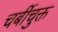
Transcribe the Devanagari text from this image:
चर्बीचुक्त